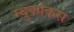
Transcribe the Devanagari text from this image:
म्युकोकस